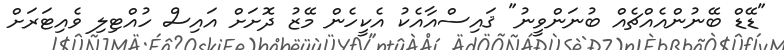
"ޑޭޑް ބޭނުންއެއްޗެއް ބުނަންވީނު" ޤައިސްއާއެކު އެކީހެން މޭޒު ދޮށަށް އައިސް ހުއްޓިލި ވެއިޓަރަށް